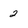
Character: 2